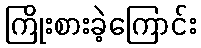
ကြိုးစားခဲ့ကြောင်း